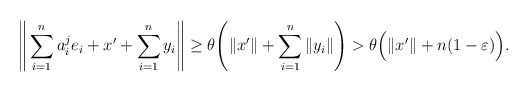
\begin{align*} \Bigg\|\sum_{i=1}^{n} a^j_i e_i + x' + \sum_{i=1}^{n} y_i\Bigg\| \geq \theta \Bigg(\|x'\| + \sum_{i=1}^{n} \|y_i\|\Bigg) > \theta \Big(\|x'\| + n(1-\varepsilon)\Big). \end{align*}